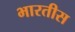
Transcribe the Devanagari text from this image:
भारतीस